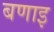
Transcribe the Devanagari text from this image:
बणाइ